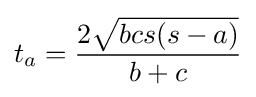
t_{a}={\frac {2{\sqrt {bcs(s-a)}}}{b+c}}